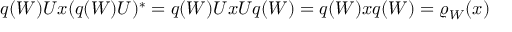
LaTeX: q ( W ) U x ( q ( W ) U ) ^ { * } = q ( W ) U x U q ( W ) = q ( W ) x q ( W ) = \varrho _ { W } ( x )